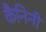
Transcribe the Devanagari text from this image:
कैनिनी